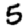
Digit: 5